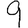
Digit: 9